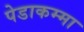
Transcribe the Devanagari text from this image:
पेडाकम्मा